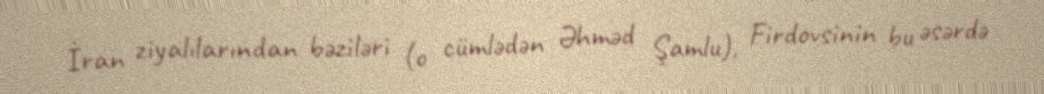
İran ziyalılarından bəziləri (o cümlədən Əhməd Şamlu), Firdovsinin bu əsərdə